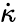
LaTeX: \dot{\kappa}